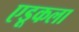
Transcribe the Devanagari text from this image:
एडूकला